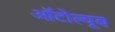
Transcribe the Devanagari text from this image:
ऑटोल्यूब